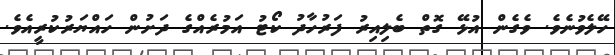
ހޭލެވުނެވެ. ވެގެން އުޅޭ ގޮތް ބެލިއިރު ފަރުހާދު ކޯޓު އަމުރެއްގެ ދަށުން ހައްޔަރުކުރީއެވެ.